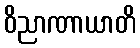
ဝိညာဏာယာတိ